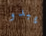
يبدو